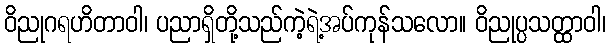
ဝိညုဂရဟိတာဝါ၊ ပညာရှိတို့သည်ကဲ့ရဲ့အပ်ကုန်သလော။ ဝိညုပ္ပသတ္ထာဝါ၊